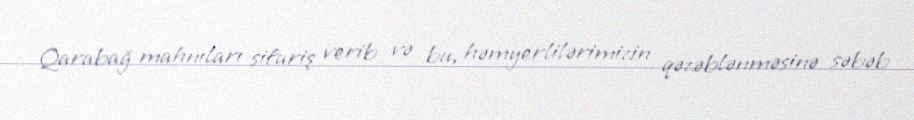
Qarabağ mahnıları sifariş verib və bu, həmyerlilərimizin qəzəblənməsinə səbəb